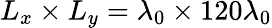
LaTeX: L_{x}\times L_{y}=\lambda_{0}\times 120\lambda_{0}